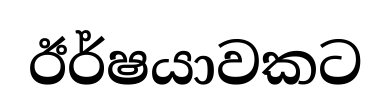
ඊර්ෂයාවකට